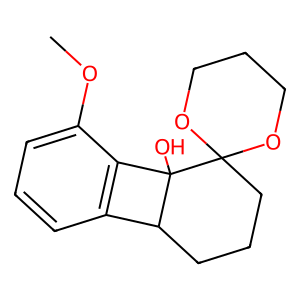
SMILES: COc1cccc2c1C1(O)C2CCCC12OCCCO2
Inhibits HIV replication: No